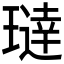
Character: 𬎍